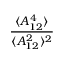
\frac { \langle A _ { 1 2 } ^ { 4 } \rangle } { \langle A _ { 1 2 } ^ { 2 } \rangle ^ { 2 } }